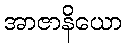
အာဇာနိယော